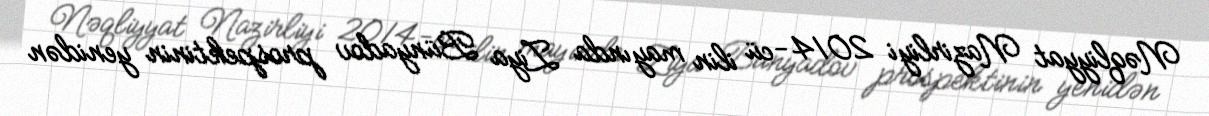
Nəqliyyat Nazirliyi 2014-cü ilin mayında Ziya Bünyadov prospektinin yenidən